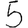
Digit: 5